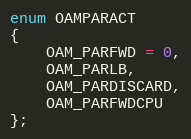
Language: C
enum OAMPARACT
{
    OAM_PARFWD = 0,
    OAM_PARLB,
    OAM_PARDISCARD,
    OAM_PARFWDCPU
};